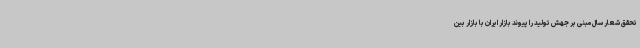
تحقق شعار سال مبنی بر جهش تولید را پیوند بازار ایران با بازار بین